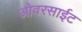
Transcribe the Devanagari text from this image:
ओवरसाईट